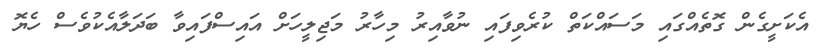
އެކަށީގެން ގޮތެއްގައި މަސައްކަތް ކުރެވިފައި ނުވާއިރު މިހާރު މަޖިލީހަށް އައިސްފައިވާ ބަދަލާއެކުވެސް ހެޔޮ